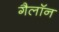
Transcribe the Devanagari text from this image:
गैलॉन